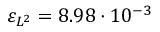
\varepsilon _ { L ^ { 2 } } = 8 . 9 8 \cdot 1 0 ^ { - 3 }